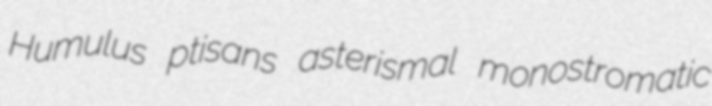
Humulus ptisans asterismal monostromatic